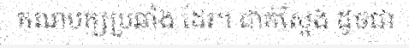
គណបក្សប្រឆាំង ដែរ។ ជាក់ស្តែង ដូចជា